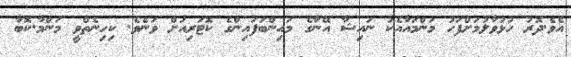
އެވެ.ދޮރު ހުޅުވާލުމަށްފަހު މަންމައާއެކު ނައިޝާ އޭނާގެ މައިންބަފައިންގެ ކޮޓަރިއަށް ވަނެވެ. ކިހިނެތްވީ މަންމާ.ކޮބާ